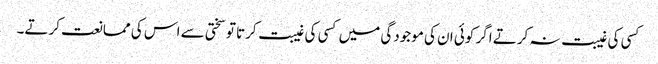
کسی کی غیبت نہ کرتے اگر کوئی ان کی موجودگی میں کسی کی غیبت کرتا تو سختی سے اس کی ممانعت کرتے۔